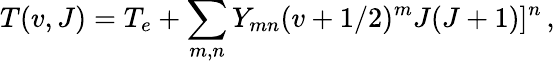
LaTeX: T(v,J)=T_{e}+\sum_{m,n}Y_{mn}(v+1/2)^{m}J(J+1)]^{n}\, ,